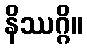
နိဿဂ္ဂိ။